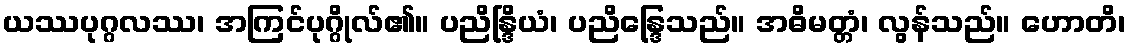
ယဿပုဂ္ဂလဿ၊ အကြင်ပုဂ္ဂိုလ်၏။ ပညိန္ဒြိယံ၊ ပညိန္ဒြေသည်။ အဓိမတ္တံ၊ လွန်သည်။ ဟောတိ၊